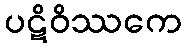
ပဋိဝိဿကေ